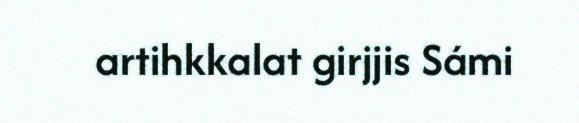
artihkkalat girjjis Sámi